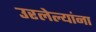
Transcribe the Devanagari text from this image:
उरलेल्यांना